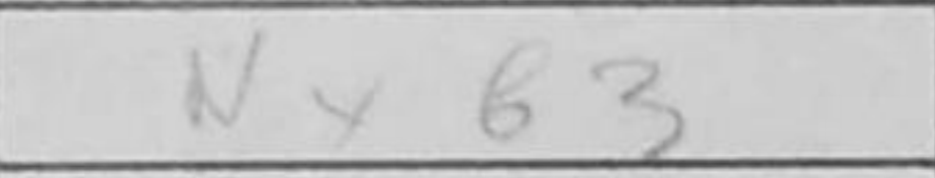
Transcription: Nxb3